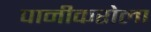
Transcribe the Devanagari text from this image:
पानीकरोला